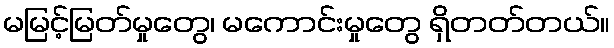
မမြင့်မြတ်မှုတွေ၊ မကောင်းမှုတွေ ရှိတတ်တယ်။